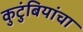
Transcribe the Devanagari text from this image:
कुटुंबियांचा